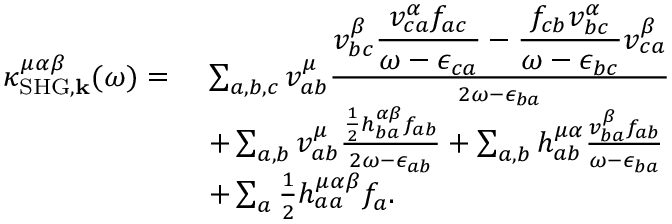
\begin{array} { r l } { \kappa _ { \mathrm { S H G } , \mathbf { k } } ^ { \mu \alpha \beta } ( \omega ) = \, \, } & { \sum _ { a , b , c } v _ { a b } ^ { \mu } \frac { \displaystyle v _ { b c } ^ { \beta } \frac { v _ { c a } ^ { \alpha } f _ { a c } } { \omega - \epsilon _ { c a } } - \frac { f _ { c b } v _ { b c } ^ { \alpha } } { \omega - \epsilon _ { b c } } v _ { c a } ^ { \beta } } { 2 \omega - \epsilon _ { b a } } } \\ & { + \sum _ { a , b } v _ { a b } ^ { \mu } \frac { \frac { 1 } { 2 } h _ { b a } ^ { \alpha \beta } f _ { a b } } { 2 \omega - \epsilon _ { a b } } + \sum _ { a , b } h _ { a b } ^ { \mu \alpha } \frac { v _ { b a } ^ { \beta } f _ { a b } } { \omega - \epsilon _ { b a } } } \\ & { + \sum _ { a } \frac { 1 } { 2 } h _ { a a } ^ { \mu \alpha \beta } f _ { a } \mathrm { . } } \end{array}